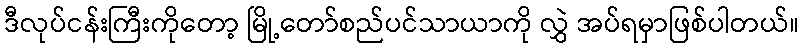
ဒီလုပ်ငန်းကြီးကိုတော့ မြို့တော်စည်ပင်သာယာကို လွှဲ အပ်ရမှာဖြစ်ပါတယ်။